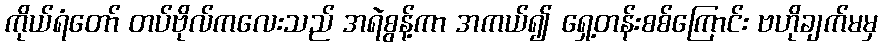
ကိုယ်ရံတော် တပ်ဗိုလ်ကလေးသည် အရဲစွန့်ကာ အကယ်၍ ရှေ့တန်းစစ်ကြောင်း ဗဟိုချက်မမှ